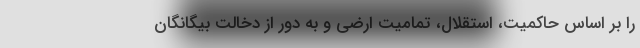
را بر اساس حاکمیت، استقلال، تمامیت ارضی و به دور از دخالت بیگانگان